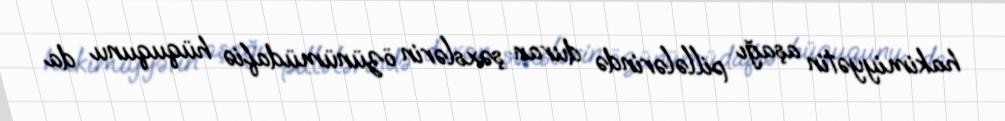
hakimiyyətin aşağı pillələrində duran şəxslərin özünümüdafiə hüququnu da